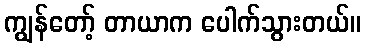
ကျွန်တော့် တာယာက ပေါက်သွားတယ်။